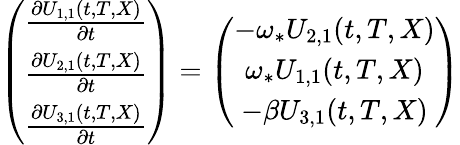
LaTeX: \begin{array}{r}{\left(\begin{array}{c}{\frac{\partial U_{1,1}(t,T,X)}{\partial t}}\\ {\frac{\partial U_{2,1}(t,T,X)}{\partial t}}\\ {\frac{\partial U_{3,1}(t,T,X)}{\partial t}}\end{array}\right)=\left(\begin{array}{c}{-\omega_{*}U_{2,1}(t,T,X)}\\ {\omega_{*}U_{1,1}(t,T,X)}\\ {-\beta U_{3,1}(t,T,X)}\end{array}\right)}\end{array}